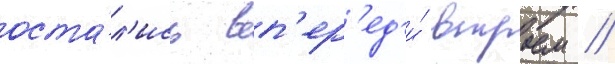
оста́л'ись вп'ер'ед'и́ втроем /